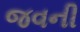
જવની